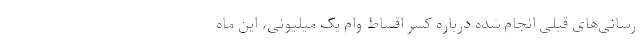
رسانی‌های قبلی انجام شده درباره کسر اقساط وام یک میلیونی، این ماه